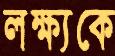
লক্ষ্যকে